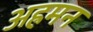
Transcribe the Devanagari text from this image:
अह्रमन